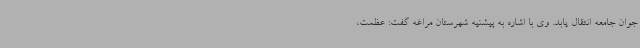
جوان جامعه انتقال یابد. وی با اشاره به پیشنیه شهرستان مراغه گفت: عظمت،